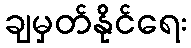
ချမှတ်နိုင်ရေး